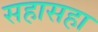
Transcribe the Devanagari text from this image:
सहासहा